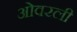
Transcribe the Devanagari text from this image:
ओवरली